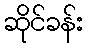
ဆိုင်ခန်း